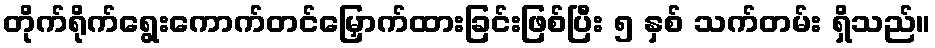
တိုက်ရိုက်ရွေးကောက်တင်မြှောက်ထားခြင်းဖြစ်ပြီး ၅ နှစ် သက်တမ်း ရှိသည်။